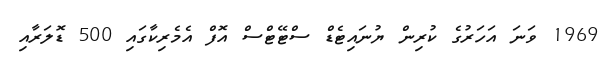
1969 ވަނަ އަހަރުގެ ކުރިން ޔުނައިޓެޑް ސްޓޭޓްސް އޮފް އެމެރިކާގައި 500 ޑޮލަރާއި